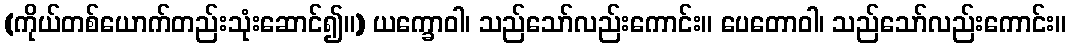
(ကိုယ်တစ်ယောက်တည်းသုံးဆောင်၍။) ယက္ခောဝါ၊ သည်သော်လည်းကောင်း။ ပေတောဝါ၊ သည်သော်လည်းကောင်း။